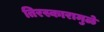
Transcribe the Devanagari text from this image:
तिरस्कारामुळे